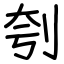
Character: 刳